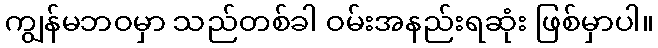
ကျွန်မဘဝမှာ သည်တစ်ခါ ဝမ်းအနည်းရဆုံး ဖြစ်မှာပါ။